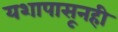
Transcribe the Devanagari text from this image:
यशापासूनही